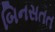
બિનસતત